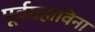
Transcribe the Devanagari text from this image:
पूर्वग्रहाविना